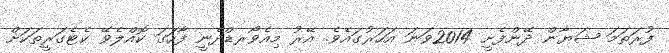
ފުރަތަމަ ޝަޔާން ދޭންފެށީ 2014ވަނަ އަހަރުގައެވެ. އޭރު މިއެވޯރޑްދެނީ ފާހަގަ ކޮއްލެވޭ ކެޓެގަރީތަކަށް